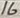
Text: 16